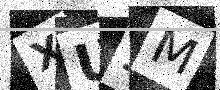
Text: XU2M